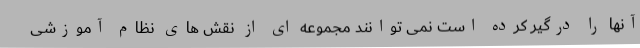
آنها را درگیر کرده است نمی توانند مجموعه ای از نقش های نظام آموزشی